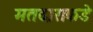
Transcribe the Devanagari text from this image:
मतदाराकडे